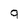
Character: 9